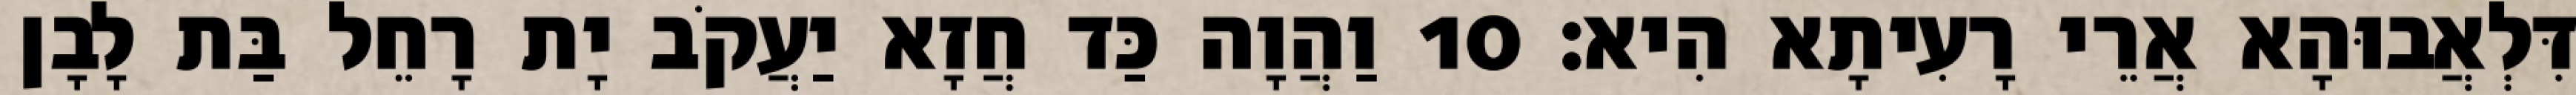
דִּלְאֲבוּהָא אֲרֵי רָעִיתָא הִיא׃ 10 וַהֲוָה כַּד חֲזָא יַעֲקֹב יָת רָחֵל בַּת לָבָן